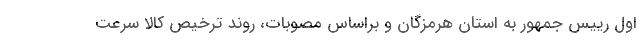
اول رییس جمهور به استان هرمزگان و براساس مصوبات، روند ترخیص کالا سرعت